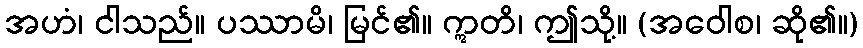
အဟံ၊ ငါသည်။ ပဿာမိ၊ မြင်၏။ ဣတိ၊ ဤသို့။ (အဝေါစ၊ ဆို၏။)